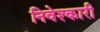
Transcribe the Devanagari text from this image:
निवेश्कारी